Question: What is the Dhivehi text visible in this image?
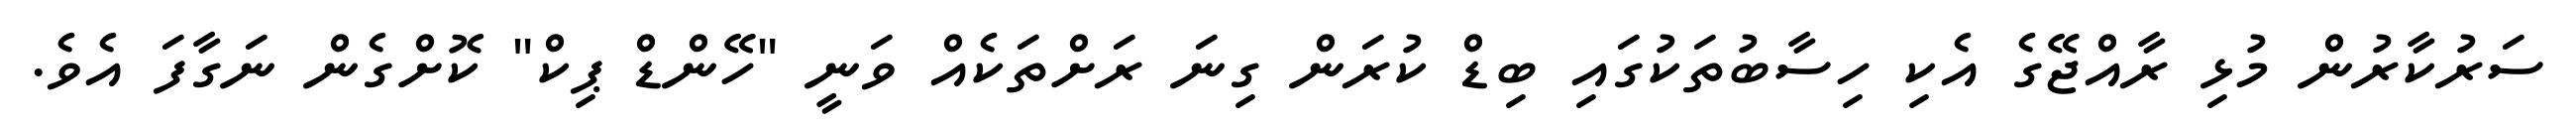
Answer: ސަރުކާރުން މުޅި ރާއްޖޭގެ އެކި ހިސާބުތަކުގައި ބިޑް ކުރަން ގިނަ ރަށްތަކެއް ވަނީ "ހޭންޑް ޕިކް" ކޮށްގެން ނަގާފަ އެވެ.